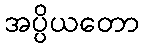
အပ္ပိယတော